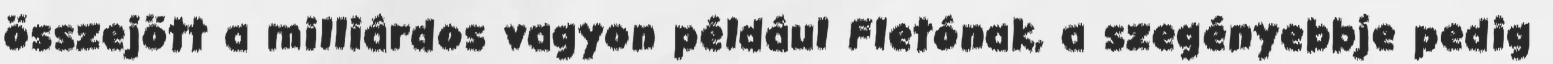
összejött a milliárdos vagyon például Fletónak, a szegényebbje pedig